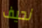
نحيف